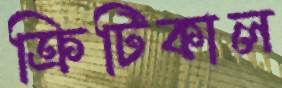
ক্রিটিকাল